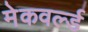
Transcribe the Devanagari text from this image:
मेकवर्ल्ड